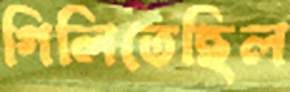
গিলিতেছিল